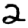
Digit: 2